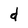
Character: d